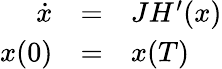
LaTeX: \begin{array}{rcl}{\dot{x}}&{=}&{JH^{\prime}(x)}\\ {x(0)}&{=}&{x(T)}\end{array}